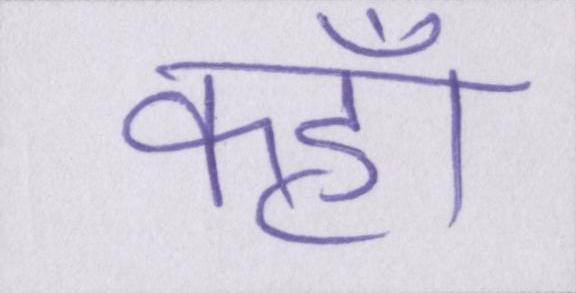
कहॉं